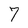
Character: 7